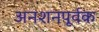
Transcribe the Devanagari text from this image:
अनशनपूर्वक